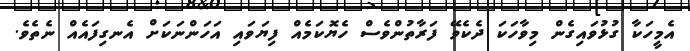
އެމީހަކާ ގުޅުވައިގެން މިވާހަކަ ދެކެވޭ ފަރާތުންވެސް ހެޔޮކަމެއް ފިޔަވައި އަހަންނަކަށް އެނގިފައެއް ނެތެވެ.